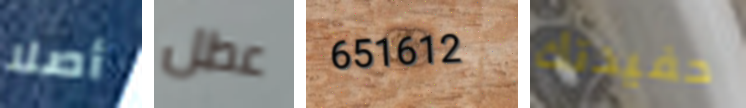
أصلا عطل 651612 حفيدتك